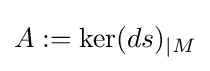
A:=\ker(ds)_{\mid M}